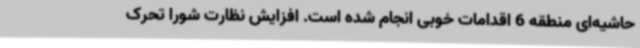
حاشیه‌ای منطقه 6 اقدامات خوبی انجام شده است. افزایش نظارت شورا تحرک